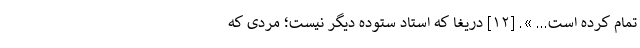
تمام کرده است... ». [۱۲] دریغا که استاد ستوده دیگر نیست؛ مردی که